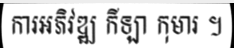
ការអភិវឌ្ឍ កីឡា កុមារ ។